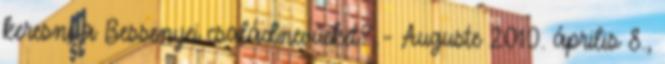
keresni a Bessenyei családnevűeket? – Auguste 2010. április 8.,